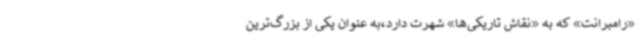
«رامبرانت» که به «نقاش تاریکی‌ها» شهرت دارد،به عنوان یکی از بزرگ‌ترین